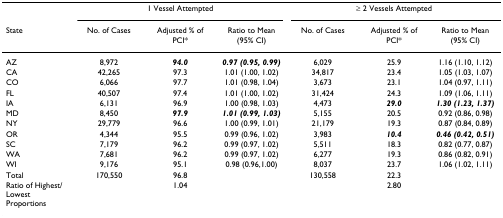
|  | <COLSPAN=3> 1 Vessel Attempted | <COLSPAN=3> ≥ 2 Vessels Attempted |
 | State | No. of Cases | Adjusted % of PCI* | Ratio to Mean (95% CI) | No. of Cases | Adjusted % of PCI* | Ratio to Mean (95% CI) |
 | --- | --- | --- | --- | --- | --- | --- |
 | AZ | 8,972 | 94.0 | 0.97 (0.95, 0.99) | 6,029 | 25.9 | 1.16 (1.10, 1.12) |
 | CA | 42,265 | 97.3 | 1.01 (1.00, 1.02) | 34,817 | 23.4 | 1.05 (1.03, 1.07) |
 | CO | 6,066 | 97.7 | 1.01 (0.98, 1.04) | 3,673 | 23.1 | 1.04 (0.97, 1.11) |
 | FL | 40,507 | 97.4 | 1.01 (1.00, 1.02) | 31,424 | 24.3 | 1.09 (1.06, 1.11) |
 | IA | 6,131 | 96.9 | 1.00 (0.98, 1.03) | 4,473 | 29.0 | 1.30 (1.23, 1.37) |
 | MD | 8,450 | 97.9 | 1.01 (0.99, 1.03) | 5,155 | 20.5 | 0.92 (0.86, 0.98) |
 | NY | 29,779 | 96.6 | 1.00 (0.99, 1.01) | 21,179 | 19.3 | 0.87 (0.84, 0.89) |
 | OR | 4,344 | 95.5 | 0.99 (0.96, 1.02) | 3,983 | 10.4 | 0.46 (0.42, 0.51) |
 | SC | 7,179 | 96.2 | 0.99 (0.97, 1.02) | 5,511 | 18.3 | 0.82 (0.77, 0.87) |
 | WA | 7,681 | 96.2 | 0.99 (0.97, 1.02) | 6,277 | 19.3 | 0.86 (0.82, 0.91) |
 | WI | 9,176 | 95.1 | 0.98 (0.96,1.00) | 8,037 | 23.7 | 1.06 (1.02, 1.11) |
 | Total | 170,550 | 96.8 |  | 130,558 | 22.3 |  |
 | Ratio of Highest/Lowest Proportions |  | 1.04 |  |  | 2.80 |  |